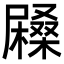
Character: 𡳨